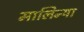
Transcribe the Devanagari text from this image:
मालिन्या